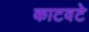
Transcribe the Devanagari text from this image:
काटवटे